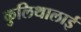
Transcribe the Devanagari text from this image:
कुलिथालाई